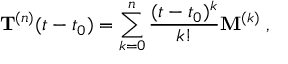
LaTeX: { \bf T } ^ { ( n ) } ( t - t _ { 0 } ) = \sum _ { k = 0 } ^ { n } \frac { ( t - t _ { 0 } ) ^ { k } } { k ! } { \bf M } ^ { ( k ) } \; ,